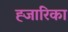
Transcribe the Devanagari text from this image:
ह्जारिका